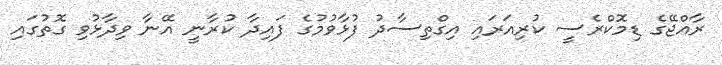
ރާއްޖޭގެ ޑިމޮކްރެސީ ކުރިއަރައި އިގްތިސާދު ފުޅާވުމުގެ ފައިދާ ކުރާނީ އޭނާ ވިދާޅުވި ގޮތުގައި